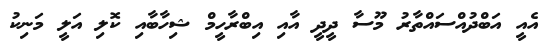
އެއީ އަބްދުއްސައްތާރު މޫސާ ދީދީ އާއި އިބްރާހީމް ޝިހާބާއި ކޮލި އަލީ މަނިކު